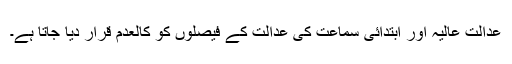
عدالت عالیہ اور ابتدائی سماعت کی عدالت کے فیصلوں کو کالعدم قرار دیا جاتا ہے۔